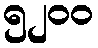
၅၂၀၀